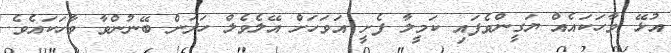
އުޅޭ ވާހަކައެއް ޔަގީންވެފައި ކަމީލާ ފެށީ އަވަހަށް އޭލެވެލް ހަދަން ބޭނުންވާ ވާހަކައެވެ.